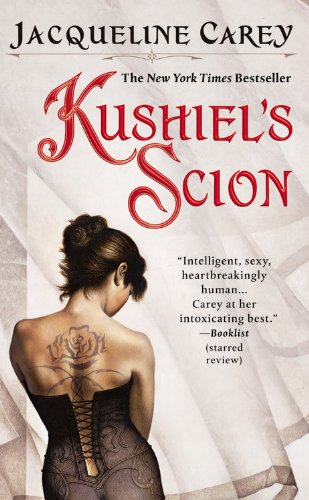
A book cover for Kushiel's Scion (Kushiel's Legacy); Jacqueline Carey; Romance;